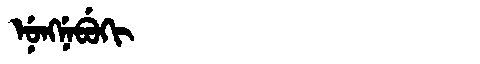
Manchu: ᠨᡠᠩᠨᡝᠪᡠᡴᡳ
Romanization: NUNGNEBUKI